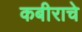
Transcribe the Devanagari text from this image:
कबीराचे